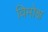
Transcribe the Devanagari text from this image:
विमोक्ष